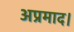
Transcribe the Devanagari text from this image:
अप्रमाद।